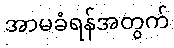
အာမခံရန်အတွက်